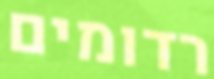
רדומים